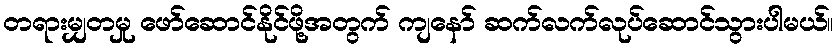
တရားမျှတမှု ဖော်ဆောင်နိုင်ဖို့အတွက် ကျနော် ဆက်လက်လုပ်ဆောင်သွားပါမယ်။